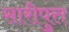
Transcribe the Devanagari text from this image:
सारीपुत्त